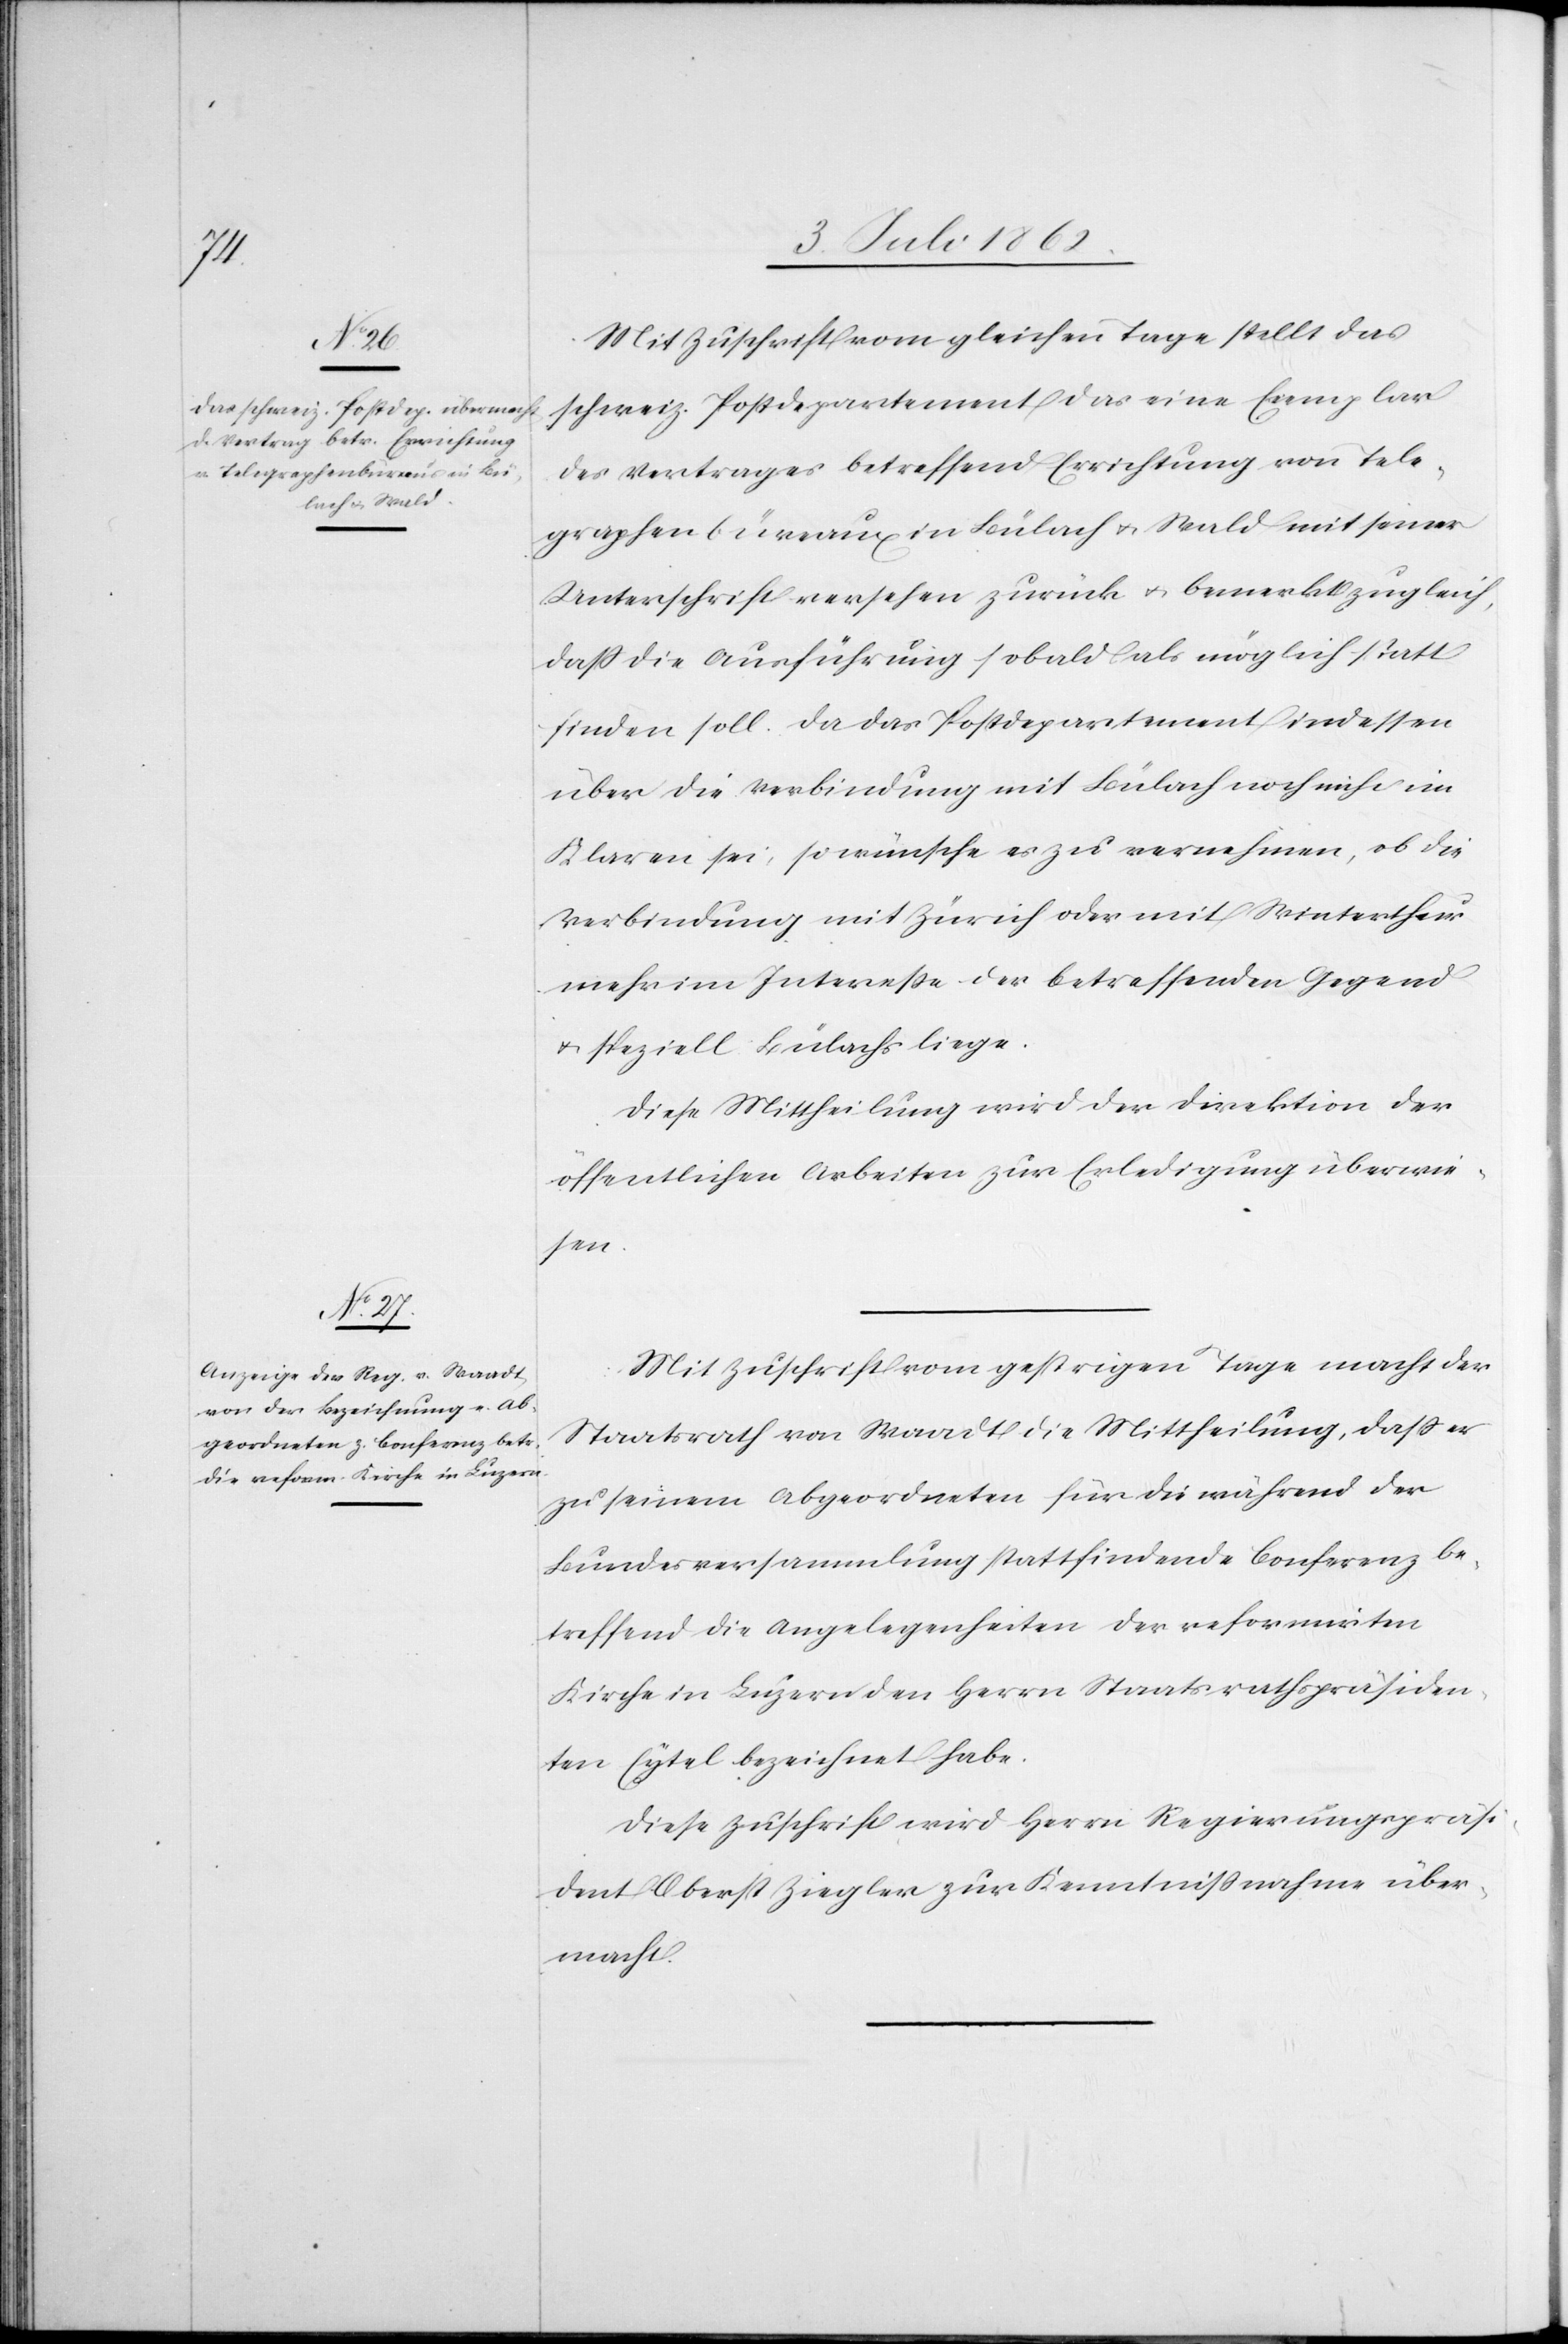
9te¬

n. Juli 1862]
Mit Zuschrift vom gleichen Tage stellt das
schweiz. Postdepartement das eine Exemplar
des Vertrages betreffend Errichtung von Tele¬
graphenbüreaux in Bülach u. Wald mit seiner
Unterschrift versehen zurück u. bemerkt zugleich,
daß die Ausführung sobald als möglich statt
finden soll. Da das Postdepartement indessen
über die Verbindung mit Bülach noch nicht im
Klaren sei, so wünsche es zu vernehmen, ob die
Verbindung mit Zürich oder mit Winterthur
mehr im Intereße der betreffenden Gegend
u. speziell Bülachs liege.
Diese Mittheilung wird der Direktion der
öffentlichen Arbeiten zur Erledigung überwie¬
9te¬
Mit Zuschrift vom gestrigen Tage macht der
Staatsrath von Waadt die Mittheilung, daß er
zu seinem Abgeordneten für die während der
Bundesversammlung stattfindende Conferenz be¬
treffend die Angelegenheiten der reformirten
Kirche in Luzern den Herrn Staatsrathspräsiden¬
ten Eytel bezeichnet habe.
Diese Zuschrift wird Herrn Regierungspräs¬
ident Oberst Ziegler zur Kenntnißnahme über¬
macht.